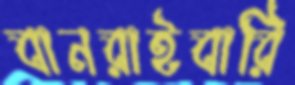
বানরাইবারি